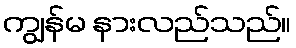
ကျွန်မ နားလည်သည်။